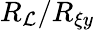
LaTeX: R_{\mathcal{L}}/R_{\xi y}